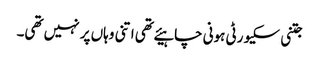
جتنی سکیورٹی ہونی چاہیئے تھی اتنی وہاں پر نہیں تھی۔